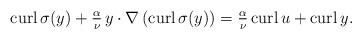
\begin{align*}\mathrm{curl} \, \sigma(y)+\tfrac{\alpha}{\nu}\,y\cdot \nabla\left(\mathrm{curl} \,\sigma(y)\right)=\tfrac{\alpha}{\nu}\,\mathrm{curl} \, u+\mathrm{curl} \, y.\end{align*}